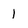
Character: 1